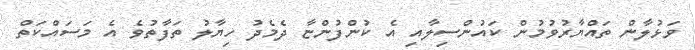
ވަޅުލާން ތައްޔާރުވުމުން ކައުންސިލާއި އެ ކުންފުންޏާ ދެމެދު ހިޔާލު ތަފާތުވެ އެ މަސައްކަތް